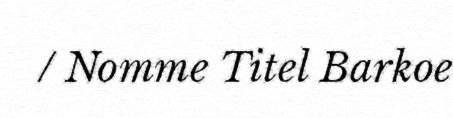
/ Nomme Titel Barkoe